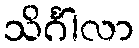
သိင်္ဂါလာ